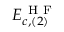
E _ { c , ( 2 ) } ^ { \mathrm { ~ H ~ F ~ } }